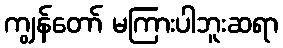
ကျွန်တော် မကြားပါဘူးဆရာ